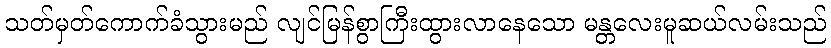
သတ်မှတ်ကောက်ခံသွားမည် လျင်မြန်စွာကြီးထွားလာနေသော မန္တလေးမူဆယ်လမ်းသည်